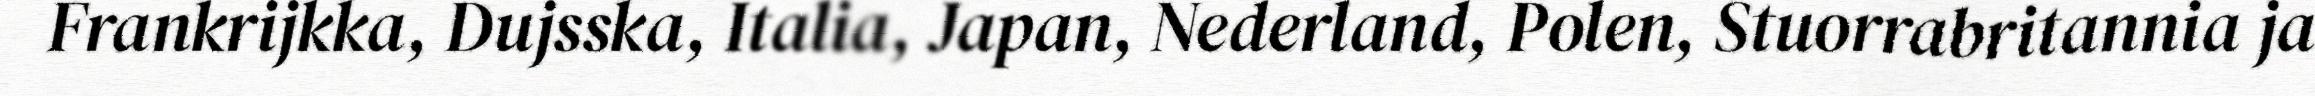
Frankrijkka, Dujsska, Italia, Japan, Nederland, Polen, Stuorrabritannia ja